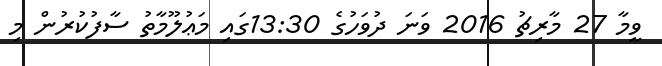
ވީމާ 27 މާރިޗު 2016 ވަނަ ދުވަހުގެ 13:30ގައި މަޢުލޫމާތު ސާފުކުރުން މި